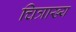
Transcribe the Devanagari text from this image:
चित्राख्य